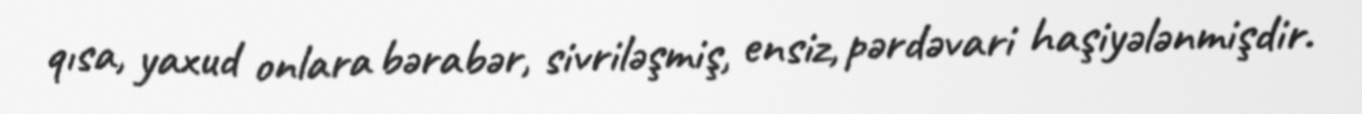
qısa, yaxud onlara bərabər, sivriləşmiş, ensiz, pərdəvari haşiyələnmişdir.